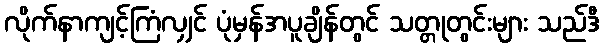
လိုက်နာကျင့်ကြံလျှင် ပုံမှန်အပူချိန်တွင် သတ္တုတွင်းများ သည်ဒီ